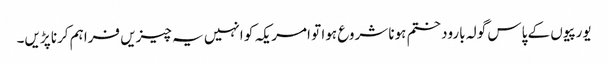
یورپیوں کے پاس گولہ بارود ختم ہونا شروع ہوا تو امریکہ کو انہیں یہ چیزیں فراہم کرنا پڑیں۔